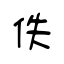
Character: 佚